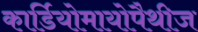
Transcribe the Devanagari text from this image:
कार्डियोमायोपैथीज